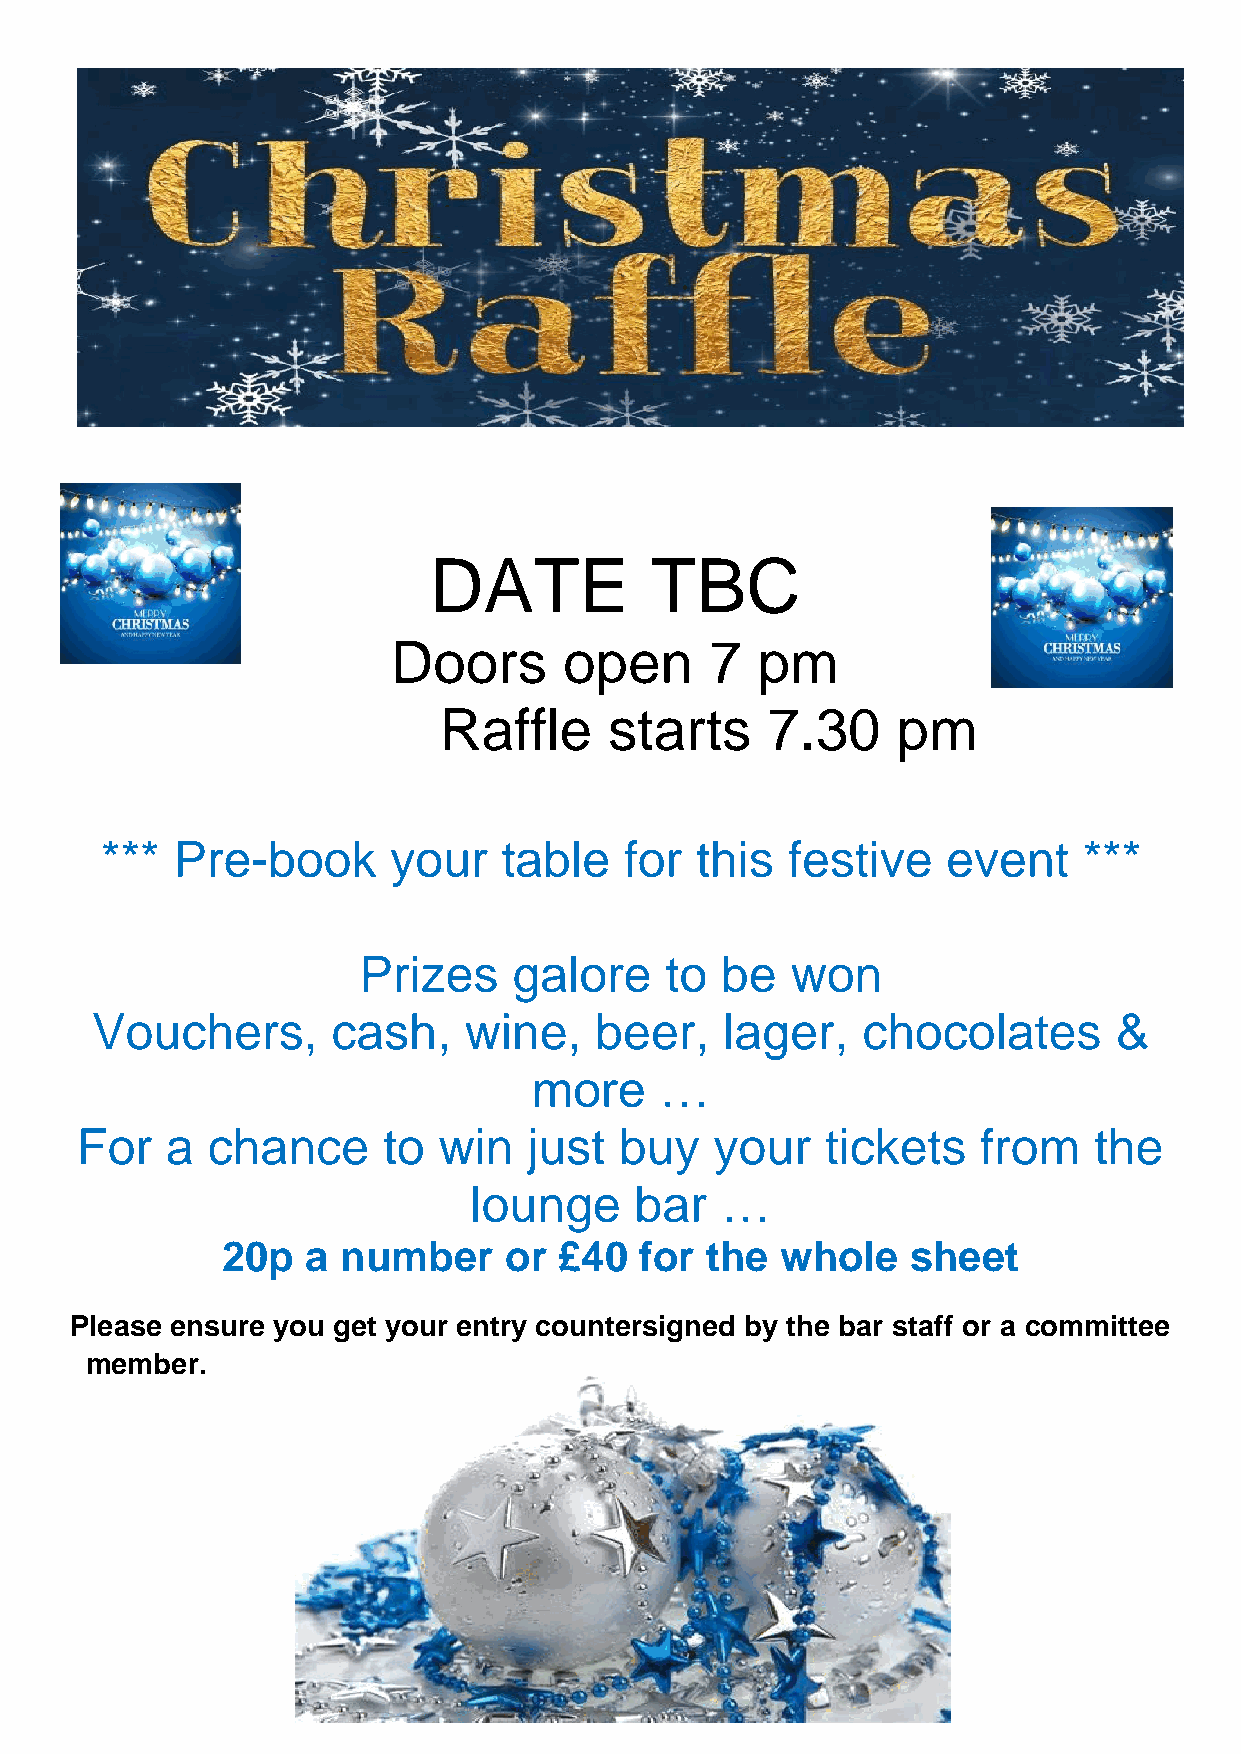
DATE           TBC
 Doors      open      7  pm
 Raffle     starts     7.30    pm
 *** Pre-book       your   table   for  this  festive    event    ***
 Prizes    galore    to  be  won
 Vouchers,       cash,    wine,   beer,    lager,   chocolates       &
 more     …
 For   a  chance     to  win   just  buy   your    tickets   from   the
 lounge     bar   …
 20p  a  number    or  £40  for  the  whole   sheet
 Please ensure you get your entry countersigned by the bar staff or a committee
 member.